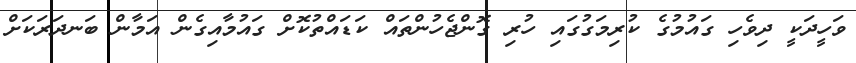
ވަހީދަކީ ދިވެހި ގައުމުގެ ކުރިމަގުގައި ހުރި ގޮންޖެހުންތައް ކަޑައްތުކޮށް ގައުމާއިގެން އަމާން ބަނދަރަކަށް